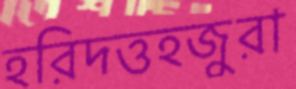
হরিদত্তহজুরা